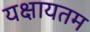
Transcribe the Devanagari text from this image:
यक्षायतम